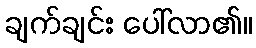
ချက်ချင်း ပေါ်လာ၏။